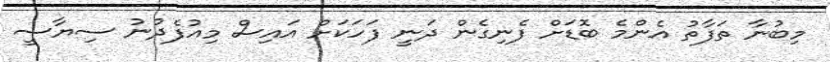
މިބުނާ ތަފާތު އެންމެ ބޮޑަށް ފެނިގެން ދަނީ ފަހަކަށް އައިސް މިއުފެދުނު ސިޔާސީ